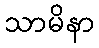
သာမိနာ